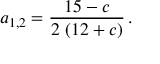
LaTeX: a _ { 1 , 2 } = \frac { 1 5 - c } { 2 \, \left( 1 2 + c \right) } \, .